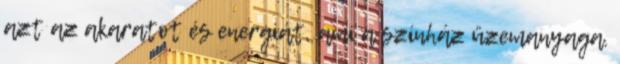
azt az akaratot és energiát, ami a színház üzemanyaga.